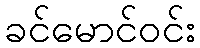
ခင်မောင်ဝင်း